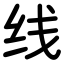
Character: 线